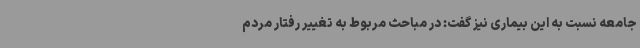
جامعه نسبت به این بیماری نیز گفت: در مباحث مربوط به تغییر رفتار مردم